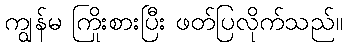
ကျွန်မ ကြိုးစားပြီး ဖတ်ပြလိုက်သည်။